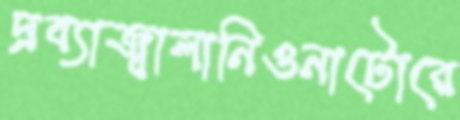
দ্রব্যাজ্বালানিওনাটোরে